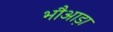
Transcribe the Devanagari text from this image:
भौआड़ा